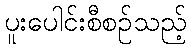
ပူးပေါင်းစီစဉ်သည့်